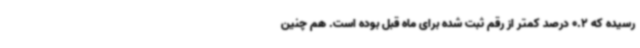
رسیده که 0.2 درصد کمتر از رقم ثبت شده برای ماه قبل بوده است. هم چنین